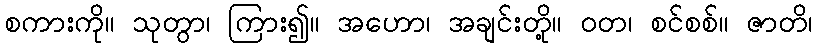
စကားကို။ သုတွာ၊ ကြား၍။ အဟော၊ အချင်းတို့။ ဝတ၊ စင်စစ်။ ဇာတိ၊